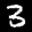
Label: 3